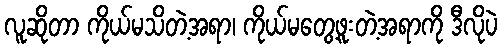
လူဆိုတာ ကိုယ်မသိတဲ့အရာ၊ ကိုယ်မတွေ့ဖူးတဲ့အရာကို ဒီလိုပဲ